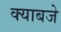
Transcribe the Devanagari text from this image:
क्याबजे